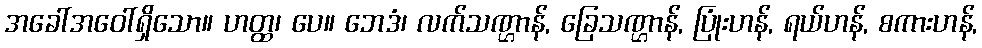
အခေါ်အဝေါ်ရှိသော။ ဟတ္ထ၊ ပေ။ ဘေဒံ၊ လက်သဏ္ဌာန်, ခြေသဏ္ဌာန်, ပြုံးဟန်, ရယ်ဟန်, စကားဟန်,